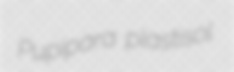
Pupipara plastisol